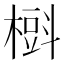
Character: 𣙞